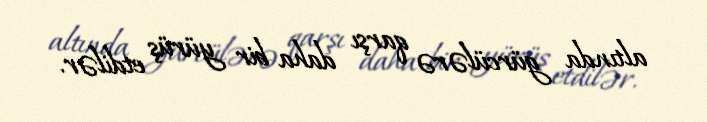
altında gürcülərə qarşı daha bir yürüş etdilər.